Leaving Certificate Examination, 1911
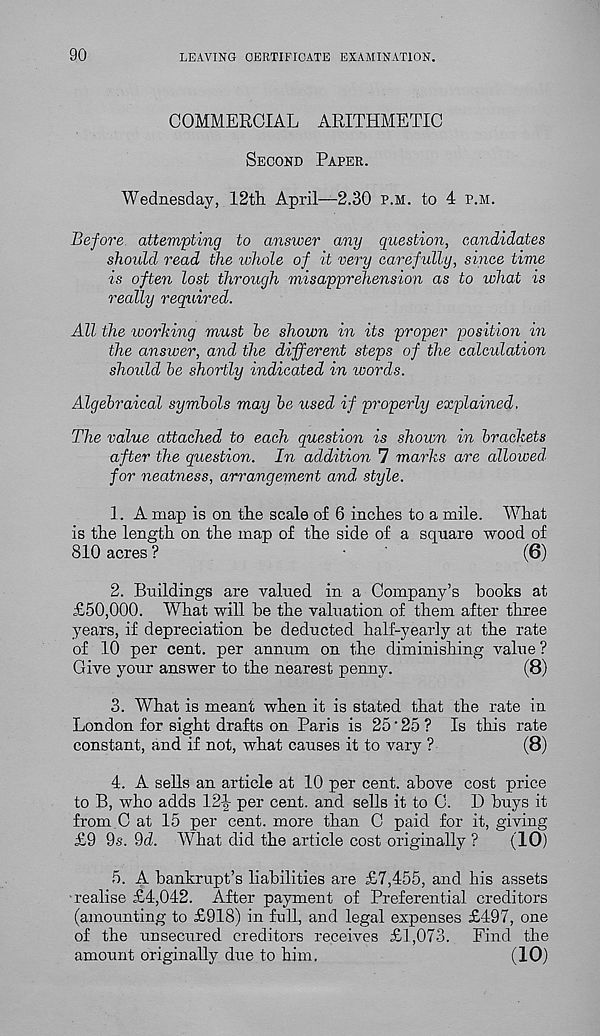
90
LEAVING CERTIFICATE EXAMINATION.
COMMERCIAL ARITHMETIC
Second Paper.
Wednesday, 12th April—2.30 p.m. to 4 p.m.
Before attempting to answer any question, candidates
should read the ivhole of it very carefully, since time
is often lost through misapprehension as to what is
really required.
All the working must he shown in its proper position in
the answer, and the different steps of the calculation
should he shortly indicated in words.
Algebraical symbols may he used if properly explained.
The value attached to each question is shown in brackets
after the question. In addition 7 marks are allowed
for neatness, arrangement and. style.
1. A map is on the scale of 6 inches to a mile. What
is the length on the map of the side of a square wood of
810 acres ?
(6)
2. Buildings are valued in a Company’s hooks at
£50,000. What will he the valuation of them after three
years, if depreciation be deducted half-yearly at the rate
of 10 per cent, per annum on the diminishing value ?
Give your answer to the nearest penny.
(8)
3. What is meant when it is stated that the rate in
London for sight drafts on Paris is 25'25 ? Is this rate
constant, and if not, what causes it to vary ?
(8)
4. A sells an article at 10 per cent, above cost price
to B, who adds 12-|- per cent, and sells it to C. D buys it
from C at 15 per cent, more than C paid for it, giving
£9 9s. 9d. What did the article cost originally ?
(10)
5. A bankrupt’s liabilities are £7,455, and his assets
realise £4,042. After payment of Preferential creditors
(amounting to £918) in full, and legal expenses £497, one
of the unsecured creditors receives £1,073. Find the
amount originally due to him.
(10)